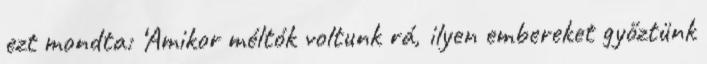
ezt mondta: ‘Amikor méltók voltunk rá, ilyen embereket győztünk